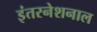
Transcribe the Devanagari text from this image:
इंतरनेशनाल